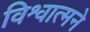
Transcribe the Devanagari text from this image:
विश्वात्मने